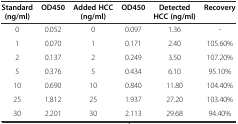
<table><thead><tr><td><b>Standard(ng/ml)</b></td><td><b>OD450</b></td><td><b>Added HCC (ng/ml)</b></td><td><b>OD450</b></td><td><b>Detected HCC (ng/ml)</b></td><td><b>Recovery</b></td></tr></thead><tbody><tr><td>0</td><td>0.052</td><td>0</td><td>0.097</td><td>1.36</td><td>-</td></tr><tr><td>1</td><td>0.070</td><td>1</td><td>0.171</td><td>2.40</td><td>105.60%</td></tr><tr><td>2</td><td>0.137</td><td>2</td><td>0.249</td><td>3.50</td><td>107.20%</td></tr><tr><td>5</td><td>0.376</td><td>5</td><td>0.434</td><td>6.10</td><td>95.10%</td></tr><tr><td>10</td><td>0.690</td><td>10</td><td>0.840</td><td>11.80</td><td>104.40%</td></tr><tr><td>25</td><td>1.812</td><td>25</td><td>1.937</td><td>27.20</td><td>103.40%</td></tr><tr><td>30</td><td>2.201</td><td>30</td><td>2.113</td><td>29.68</td><td>94.40%</td></tr></tbody></table>